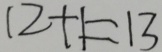
1 2 + 1 = 1 3